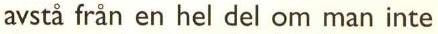
avstå från en hel del om man inte